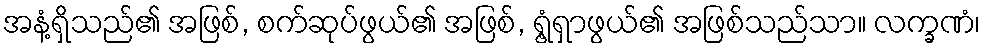
အနံ့ရှိသည်၏ အဖြစ်, စက်ဆုပ်ဖွယ်၏ အဖြစ်, ရွံ့ရှာဖွယ်၏ အဖြစ်သည်သာ။ လက္ခဏံ၊